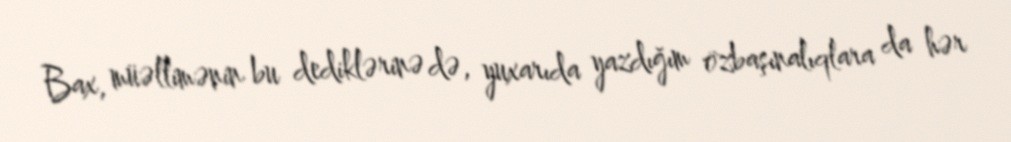
Bax, müəllimənin bu dediklərinə də, yuxarıda yazdığım özbaşınalıqlara da hər